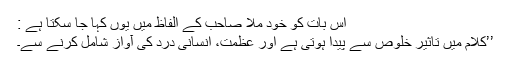
اس بات کو خود ملّا صاحب کے الفاظ میں یوں کہا جا سکتا ہے :
’’کلام میں تاثیر خلوص سے پیدا ہوتی ہے اور عظمت، انسانی درد کی آواز شامل کرنے سے۔